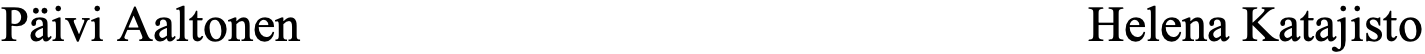
Päivi Aaltonen                      Helena Katajisto